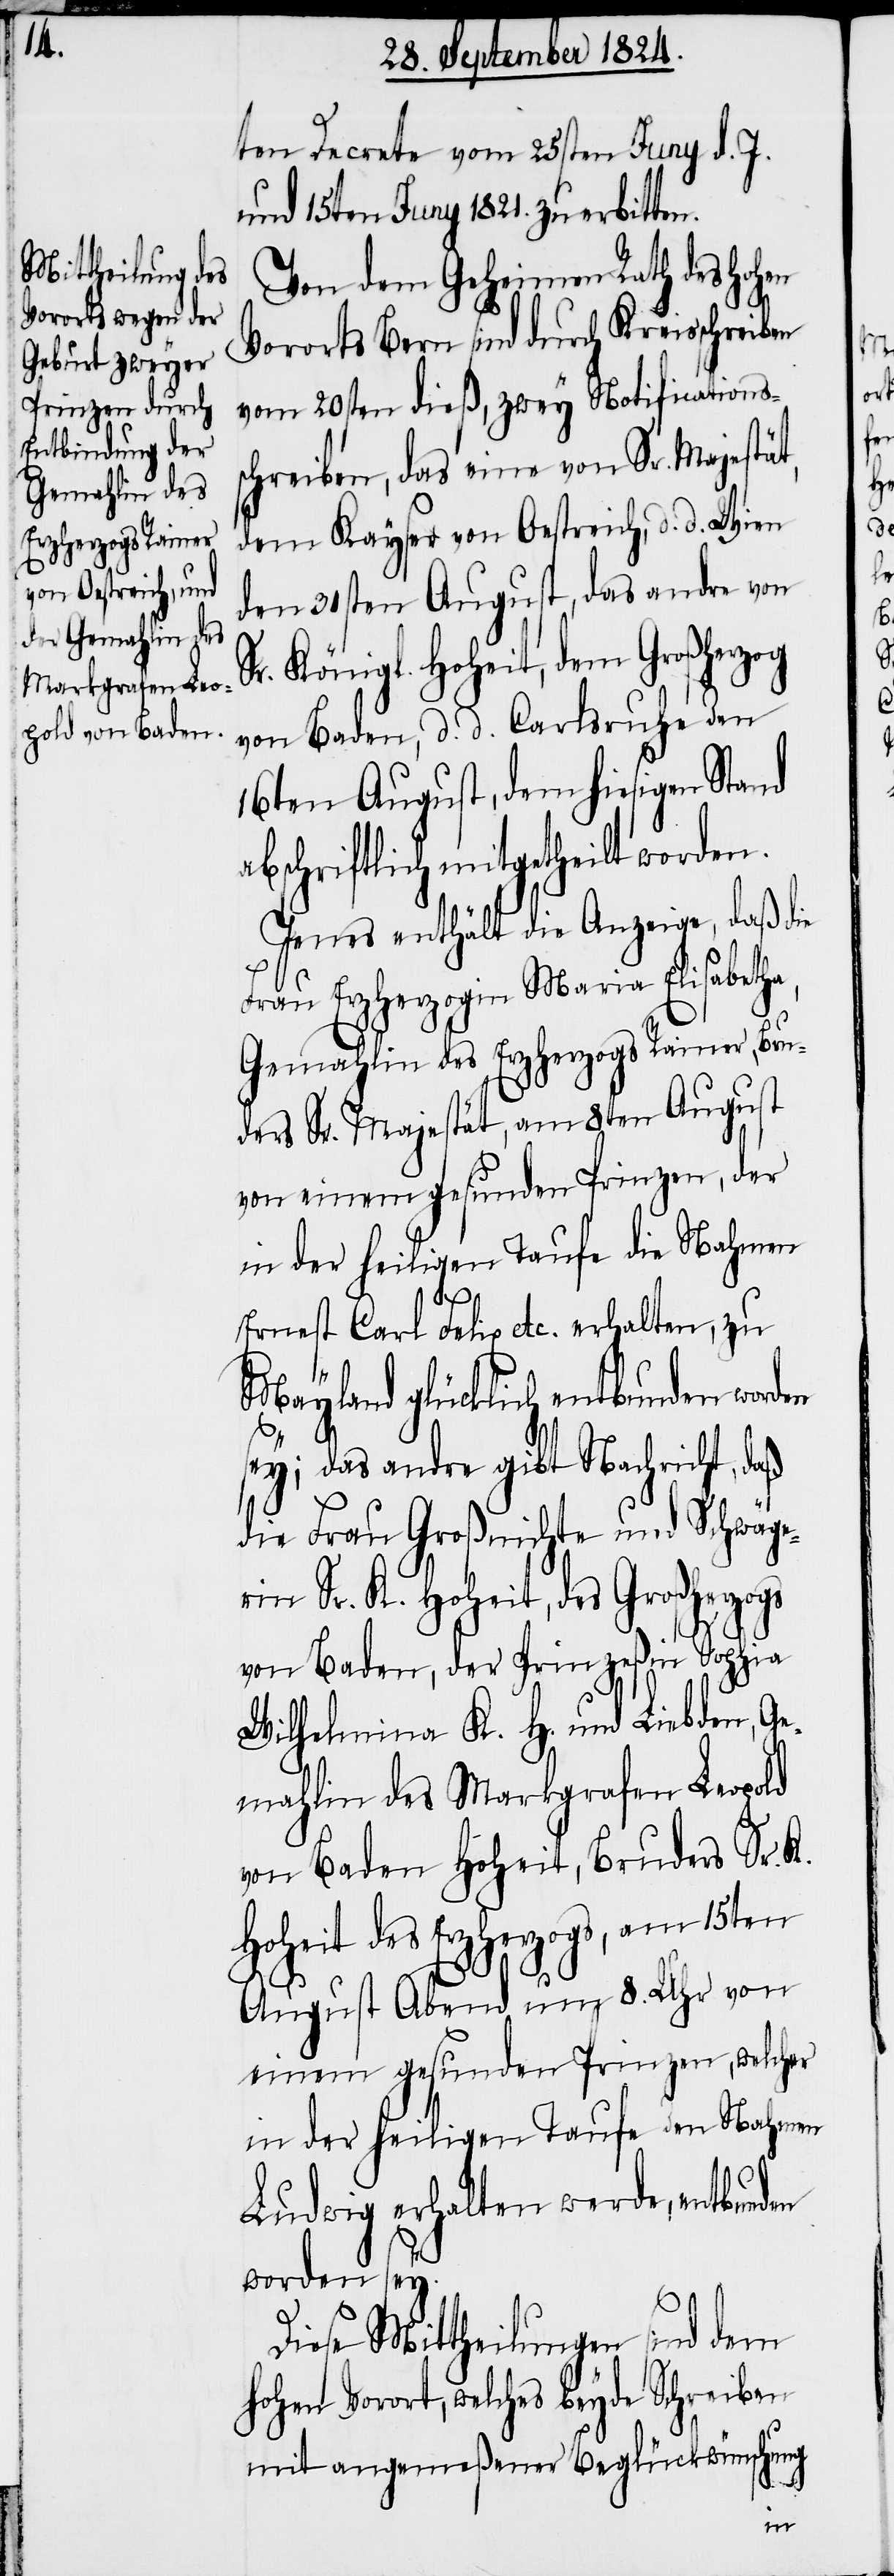
ten Decrete vom 25sten Juny d. J.
und 15ten Juny 1821. zu erbitten.
Von dem Geheimen Rath des Hohen
Vororts Bern sind durch Kreisschreiben
vom 20sten dieß, zwey Notifications¬
schreiben, das eine von Sr. Majestät,
dem Kayser von Oestreich, d. d. Wien
den 31sten August, das andre von
Sr. Königl. Hoheit, dem Großherzog
von Baden, d. d. Carlsruhe den
16ten August, dem hiesigen Stand
abschriftlich mitgetheilt worden.
Jenes enthält die Anzeige, daß die
Frau Erzherzogin Maria Elisabeth¬
Gemahlin des Erzherzogs Rainer, Bru¬
ders Sr. Majestät, am 8ten August
von einem gesunden Prinzen, der
in der heiligen Taufe die Nahmen
a,
Ernest Carl Felix etc. erhalten, zu
Mayland glücklich entbunden worden
sey; das andre gibt Nachricht, daß
die Frau Großnichte und Schwäge¬
rin Sr. K. Hoheit, des Großherzogs
von Baden, der Prinzeßin Sophia
Wilhelmina K. H. und Liebden, Ge¬
mahlin des Markgrafen Leopold
von Baden Hoheit, Bruders Sr.
Hoheit des Erzherzogs, am 15ten
August Abend um 8. Uhr von
einem gesunden Prinzen, welcher
in der heiligen Taufe den Nahmen
Ludwig erhalten werde, entbunden
worden sey.
Diese Mittheilung sind dem
hohen Vorort, welches beyde Schreiben
mit angemeßener Beglückwünschung